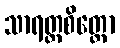
သာရတ္တစိတ္တော